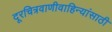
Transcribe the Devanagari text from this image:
दूरचित्रवाणीवाहिन्यांसाठी